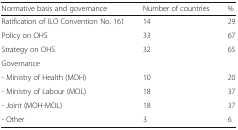
<table><thead><tr><td><b>Normative basis and governance</b></td><td><b>Number of countries</b></td><td><b>%</b></td></tr></thead><tbody><tr><td>Ratification of ILO Convention No. 161</td><td>14</td><td>29</td></tr><tr><td>Policy on OHS</td><td>33</td><td>67</td></tr><tr><td>Strategy on OHS</td><td>32</td><td>65</td></tr><tr><td colspan="3">Governance</td></tr><tr><td>- Ministry of Health (MOH)</td><td>10</td><td>20</td></tr><tr><td>- Ministry of Labour (MOL)</td><td>18</td><td>37</td></tr><tr><td>- Joint (MOH-MOL)</td><td>18</td><td>37</td></tr><tr><td>- Other</td><td>3</td><td>6</td></tr></tbody></table>